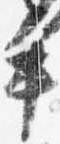
手